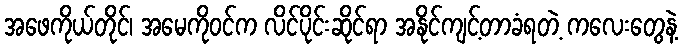
အဖေကိုယ်တိုင်၊ အမေကိုဝင်က လိင်ပိုင်းဆိုင်ရာ အနိုင်ကျင့်တာခံရတဲ့ ကလေးတွေနဲ့